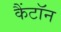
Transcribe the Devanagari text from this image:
कैंटॉन